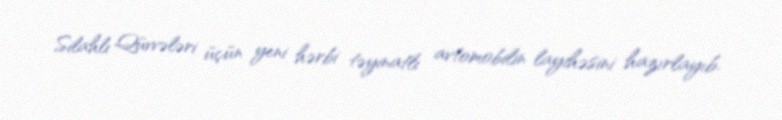
Silahlı Qüvvələri üçün yeni hərbi təyinatlı avtomobilin layihəsini hazırlayıb.